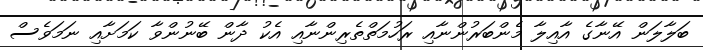
ބަލާލަން އޭނާގެ އާއިލާ މެންބަރުންނާއި ރަހުމަތްތެރިންނާއި އެކު ދާން ބޭނުންވާ ކަމަށާއި ނަމަވެސް